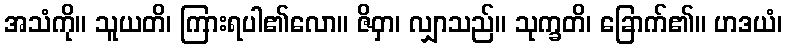
အသံကို။ သူယတိ၊ ကြားရပါ၏လော။ ဇိဝှာ၊ လျှာသည်။ သုက္ခတိ၊ ခြောက်၏။ ဟဒယံ၊